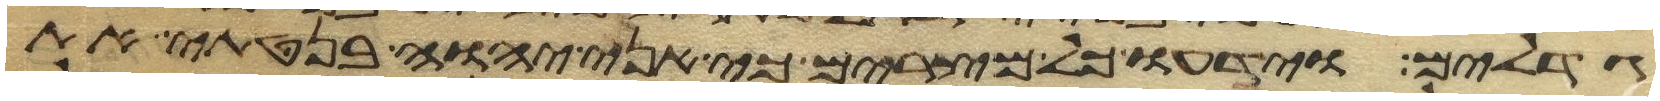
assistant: גדלים וידעו כל מצרים כי אני יהוה בנטתי את